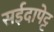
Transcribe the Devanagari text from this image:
सईदापेट्ट